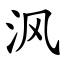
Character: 沨